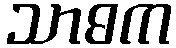
သာဓက